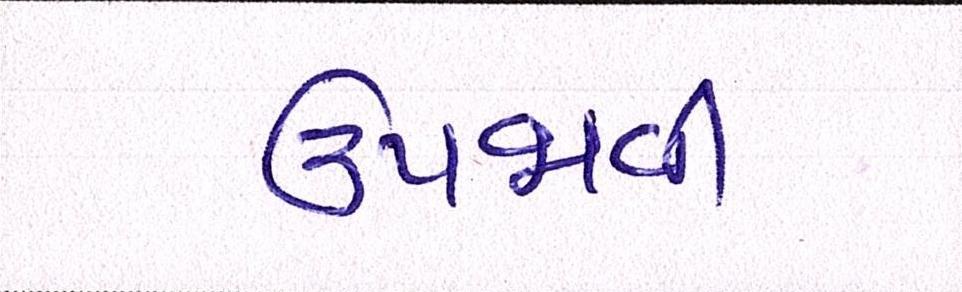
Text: ઉપજાવી